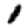
Digit: 1